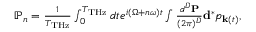
\begin{array} { r } { \mathbb { P } _ { n } = \frac { 1 } { T _ { \mathrm { T H z } } } \int _ { 0 } ^ { T _ { \mathrm { T H z } } } d t e ^ { i ( \Omega + n \omega ) t } \int \frac { d ^ { D } { \bf P } } { ( 2 \pi ) ^ { D } } { \bf d } ^ { * } p _ { { \bf k } ( t ) } , } \end{array}